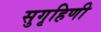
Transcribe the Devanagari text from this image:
सुगृहिणी